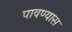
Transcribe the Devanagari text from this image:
पावण्यास